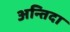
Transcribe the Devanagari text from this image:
अन्तिदा